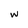
Character: w